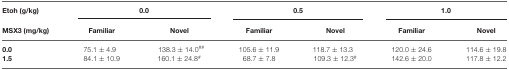
| Etoh (g/kg) | <COLSPAN=2> 0.0 | <COLSPAN=2> 0.5 | <COLSPAN=2> 1.0 |
 | MSX3 (mg/kg) | Familiar | Novel | Familiar | Novel | Familiar | Novel |
 | --- | --- | --- | --- | --- | --- | --- |
 | 0.0 | 75.1 ± 4.9 | 138.3 ± 14.0## | 105.6 ± 11.9 | 118.7 ± 13.3 | 120.0 ± 24.6 | 114.6 ± 19.8 |
 | 1.5 | 84.1 ± 10.9 | 160.1 ± 24.8# | 68.7 ± 7.8 | 109.3 ± 12.3# | 142.6 ± 20.0 | 117.8 ± 12.2 |